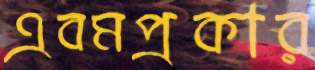
এবমপ্রকার